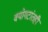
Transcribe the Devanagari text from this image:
वयोगटांतही